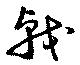
戟